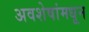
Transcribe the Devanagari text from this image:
अवशेषांमधून